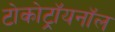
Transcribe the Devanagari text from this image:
टोकोट्रॉयनॉल